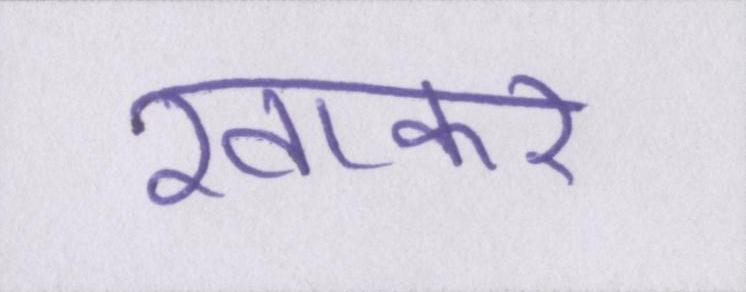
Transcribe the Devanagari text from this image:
खाकर